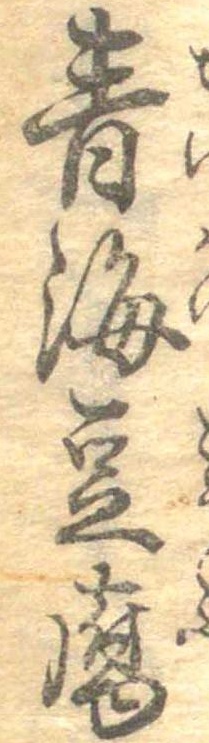
青海豆腐